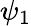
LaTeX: \psi_{1}